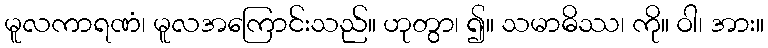
မူလကာရဏံ၊ မူလအကြောင်းသည်။ ဟုတွာ၊ ၍။ သမာဓိဿ၊ ကို။ ဝါ၊ အား။